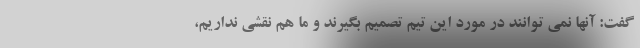
گفت: آنها نمی توانند در مورد این تیم تصمیم بگیرند و ما هم نقشی نداریم،